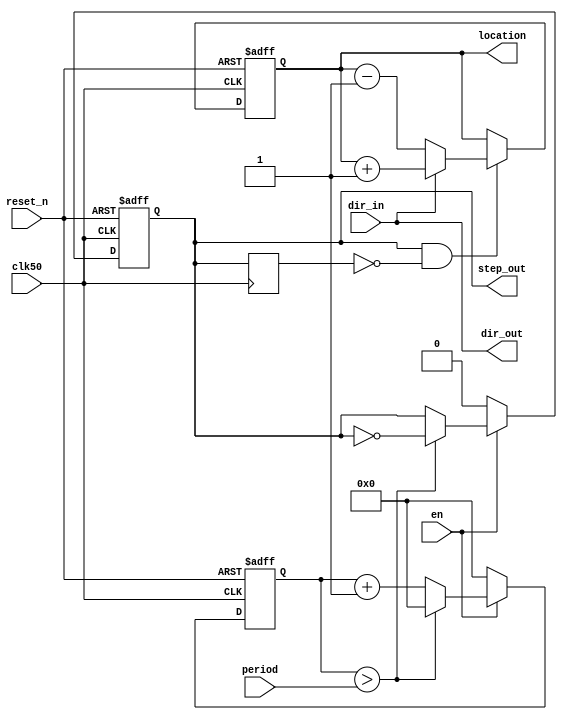
module step_gen(
    clk50,
    reset_n,
    period,
    dir_in,
    dir_out,
    step_out,
    en,
    location
);
    input clk50;
    input reset_n;
    input [31:0] period;
    input dir_in;
    output dir_out;
    output reg step_out;
    input en;
    output reg [31:0] location;

    reg [31:0] counter;
    assign dir_out = dir_in;

    always@(posedge clk50 or negedge reset_n) begin    // Step generator
        if(!reset_n) begin
            counter <= 0; 
            step_out <= 0;
        end
        else begin
            if  (en) begin
                if (counter > period) begin
                    counter <= 0;
                    step_out <= ~step_out;
                end
                else begin
                    counter <= counter + 1;
                    step_out <= step_out;
                end
            end
            else begin
                counter <= 0; 
                step_out <= 0;
            end
        end
    end

    reg last_step_out;
    always@(posedge clk50) begin
        last_step_out <= step_out;
    end

    always@(posedge clk50 or negedge reset_n) begin  // steps accumulator. 0 is at 32h 80 00 00 00. MSb is sign. 1 is positive
        if(!reset_n) begin
            location <= 32'h80000000;
        end
        else begin
            if (step_out == 1 && last_step_out == 0) begin  // step pulse sent
                if(dir_out) begin
                    location <= location + 1;
                end
                else begin
                    location <= location - 1;
                end
            end
            else begin
                location <= location;
            end

        end
    end

endmodule